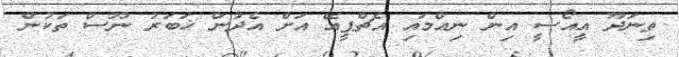
ތިނަދޫ އީއޯސީ އިން ނިއްމައި އެޗްޕީއޭ އަށް އެދުން ޚަބަރު ނޫސް ތަކުން